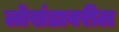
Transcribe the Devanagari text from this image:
लोखंडावरील